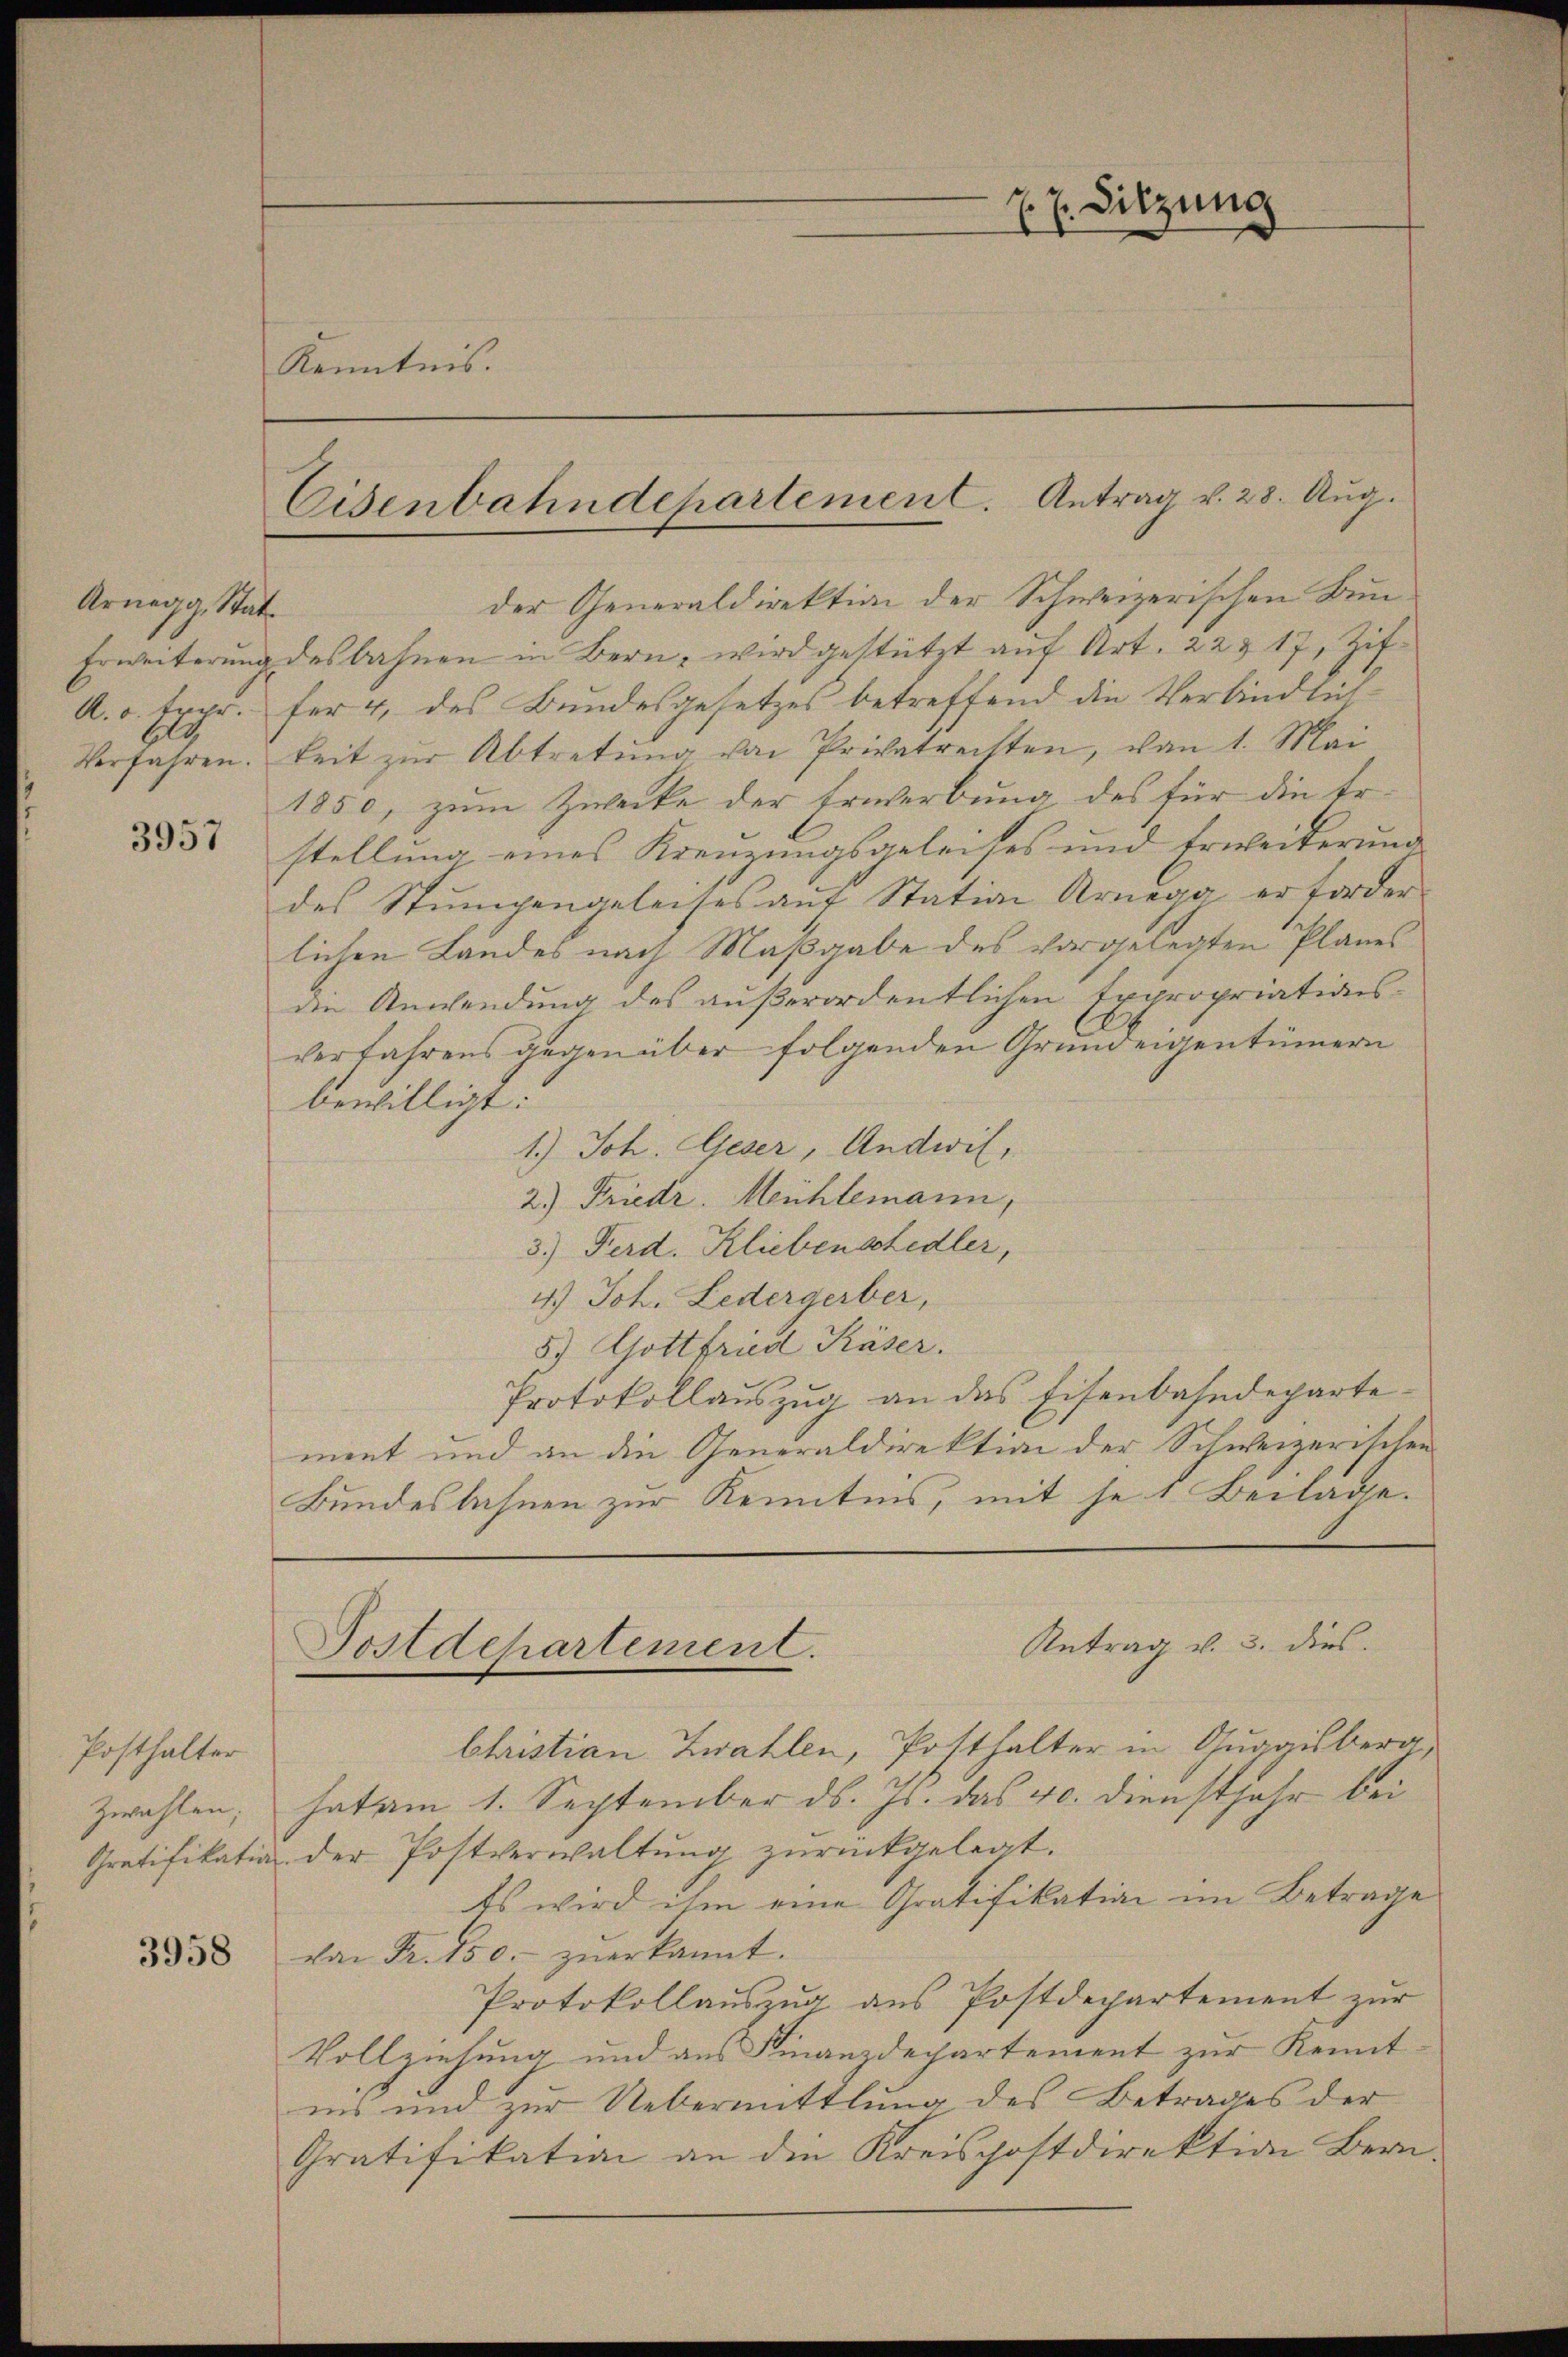
Arnegg, Stat¬

3957

Posthalter
zwahlen;

3958

Kenntnis.

Cisenbahndepartement. Antrag v. 28. Aug.

der Generaldirektion der Schweizerischen Bun¬
Erweiterung des bahnen in Bern, wird gestützt auf Art. 22 & 17, Zif¬
A. o. Expr. für 4, des Bundesgesetzes betreffend die Verbindlich¬
Verfahren. Zeit zŭr Abtretung von Privatrechten, von 1. Mai
1850, zum Zwecke der Erwerbung des für die Er.
stellung eines Kreuzungsgeleises und Erweiterung
des Stumpengeleises aŭf Station Arnegg erforder-
lichen Landes nach Maßgabe des vorgelegten Planes
die Anwendung des außerordentlichen Expropriationsverfahrens gegenüber folgenden Grundeigentümern
bewilligt:
1.) Joh. Geser, Andwil,
2) Friedr. Mühlemann,
3.) Ferd. Kliebenshedler,
4.) Joh. Ledergerber,
5) Gottfried Käser.
Protokollauszug an das Eisenbahndepartement und an die Generaldirektion der Schweizerischen
Bundesbahnen zur Kenntnis, mit se 1. Beilage.

Sitzung

Antrag v. 3. dies
Postdepartement.

Christian Zwahlen, Posthalter in Guggisberg
hat am 1. September ds. Js. das 40. Dienstjahr bei
Gratifikation der Postverwaltung zurückgelegt.
Es wird ihm eine Gratifikation im Betrage
von Fr. 150.- zŭerkannt.
Protokollaŭszŭg ans Postdepartement zŭr
Vollziehung und aus Finanzdepartement zur Kennt-
ins und zur Uebermittlung des Betrages der
Gratifikation an die Kreispostdirektion Bern.